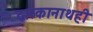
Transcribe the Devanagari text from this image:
द्वारकानाथही